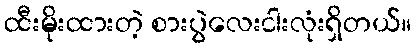
ထီးမိုးထားတဲ့ စားပွဲလေးငါးလုံးရှိတယ်။